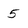
Character: 5